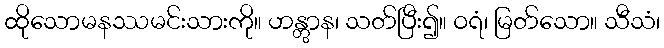
ထိုသောမနဿမင်းသားကို။ ဟန္တွာန၊ သတ်ပြီး၍။ ဝရံ၊ မြတ်သော။ သီသံ၊